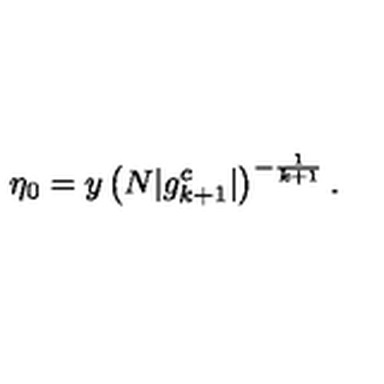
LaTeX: \eta _ { 0 } = y \left( N | g _ { k + 1 } ^ { c } | \right) ^ { - \frac { 1 } { k + 1 } } .